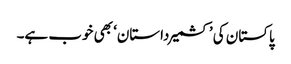
پاکستان کی ’کشمیرداستان‘ بھی خوب ہے۔